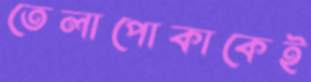
তেলাপোকাকেই